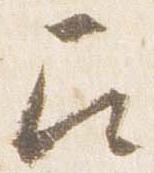
召